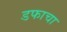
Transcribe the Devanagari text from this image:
डफाचा